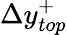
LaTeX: \Delta y_{top}^{+}